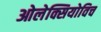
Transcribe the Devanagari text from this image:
ओलेक्सियोविच